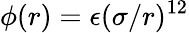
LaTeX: \phi(r)=\epsilon(\sigma/r)^{12}